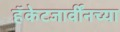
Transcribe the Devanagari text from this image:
हॅकेटजार्वींनच्या